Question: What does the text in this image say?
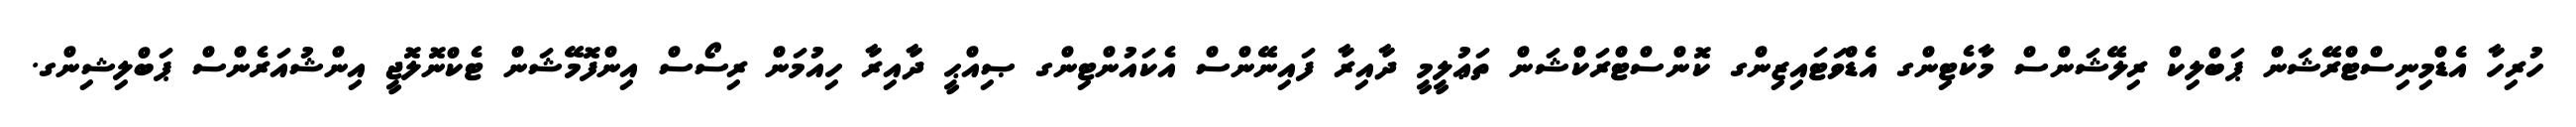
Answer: ހުރިހާ އެޑްމިނިސްޓްރޭޝަން ޕަބްލިކް ރިލޭޝަންސް މާކެޓިންގ އެޑްވަޓައިޒިންގ ކޮންސްޓްރަކްޝަން ތަޢުލީމީ ދާއިރާ ފައިނޭންސް އެކައުންޓިންގ ޞިއްޙީ ދާއިރާ ހިއުމަން ރިސޯސް އިންފޮމޭޝަން ޓެކްނޮލޮޖީ އިންޝުއަރެންސް ޕަބްލިޝިންގ.